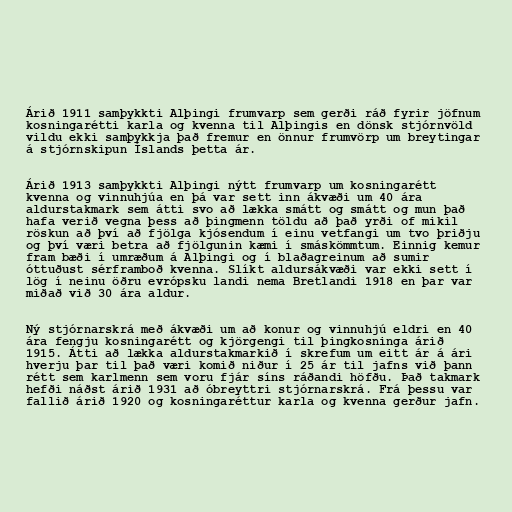
Árið 1911 samþykkti Alþingi frumvarp sem gerði ráð fyrir jöfnum
kosningarétti karla og kvenna til Alþingis en dönsk stjórnvöld
vildu ekki samþykkja það fremur en önnur frumvörp um breytingar
á stjórnskipun Íslands þetta ár.

Árið 1913 samþykkti Alþingi nýtt frumvarp um kosningarétt
kvenna og vinnuhjúa en þá var sett inn ákvæði um 40 ára
aldurstakmark sem átti svo að lækka smátt og smátt og mun það
hafa verið vegna þess að þingmenn töldu að það yrði of mikil
röskun að því að fjölga kjósendum í einu vetfangi um tvo þriðju
og því væri betra að fjölgunin kæmi í smáskömmtum. Einnig kemur
fram bæði í umræðum á Alþingi og í blaðagreinum að sumir
óttuðust sérframboð kvenna. Slíkt aldursákvæði var ekki sett í
lög í neinu öðru evrópsku landi nema Bretlandi 1918 en þar var
miðað við 30 ára aldur.

Ný stjórnarskrá með ákvæði um að konur og vinnuhjú eldri en 40
ára fengju kosningarétt og kjörgengi til þingkosninga árið
1915. Átti að lækka aldurstakmarkið í skrefum um eitt ár á ári
hverju þar til það væri komið niður í 25 ár til jafns við þann
rétt sem karlmenn sem voru fjár síns ráðandi höfðu. Það takmark
hefði náðst árið 1931 að óbreyttri stjórnarskrá. Frá þessu var
fallið árið 1920 og kosningaréttur karla og kvenna gerður jafn.